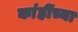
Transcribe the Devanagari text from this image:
कांहींच्या